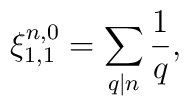
\xi_{1,1}^{n,0}= \sum_{q | n}\frac{1}{q},